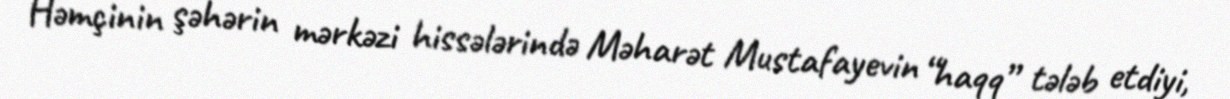
Həmçinin şəhərin mərkəzi hissələrində Məharət Mustafayevin “haqq” tələb etdiyi,